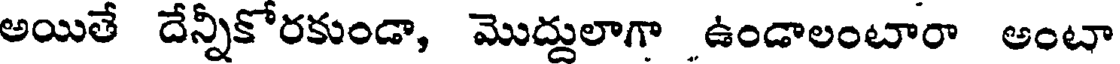
అయితే దేన్నీకోరకుండా, మొద్దులాగా ఉండాలంటారా అంటా